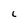
Character: i